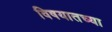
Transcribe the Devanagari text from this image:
विषयातच्या